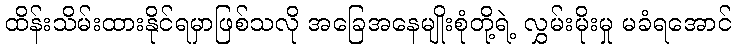
ထိန်းသိမ်းထားနိုင်ရမှာဖြစ်သလို အခြေအနေမျိုးစုံတို့ရဲ့ လွှမ်းမိုးမှု မခံရအောင်